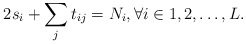
\begin{align*}2 s_i+\sum_j t_{ij} = N_i, \forall i \in {1,2,\ldots,L}.\end{align*}